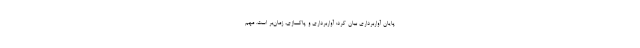
پایان آواربرداری بیان کرد: آواربرداری و پاکسازی، زمان‌بر است. مهم